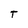
Character: T